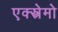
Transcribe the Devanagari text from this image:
एक्स्त्रेमो